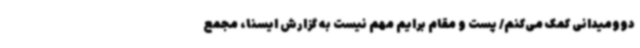
دوومیدانی کمک می‌کنم/ پست و مقام برایم مهم نیست به گزارش ایسنا، مجمع